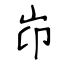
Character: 岇